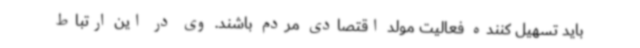
باید تسهیل کننده فعالیت مولد اقتصادی مردم باشند. وی در این ارتباط